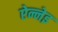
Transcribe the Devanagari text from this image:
ऐन्नेइ